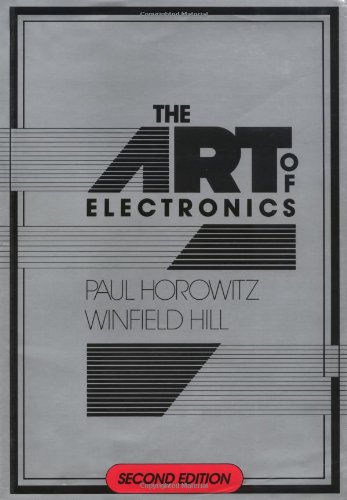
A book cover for The Art of Electronics; Paul Horowitz; Engineering & Transportation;